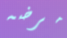
مرضه